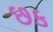
છક